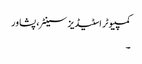
کمپیوٹر اسٹیڈیز سینٹر، پشاور
۔